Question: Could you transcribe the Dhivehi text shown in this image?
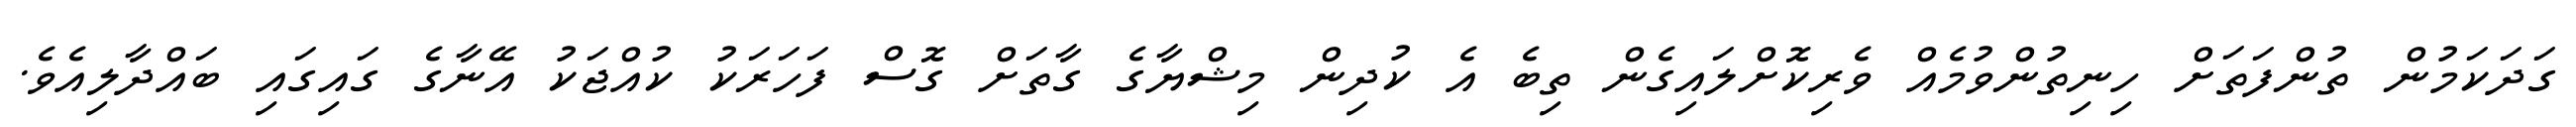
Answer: ގަދަކަމުން ތުންފަތަށް ހިނިތުންވުމެއް ވެރިކޮށްލައިގެން ތިބެ އެ ކުދިން މިޝްޔާގެ ގާތަށް ގޮސް ފަހަރަކު ކުއްޖަކު އޭނާގެ ގައިގައި ބައްދާލިއެވެ.